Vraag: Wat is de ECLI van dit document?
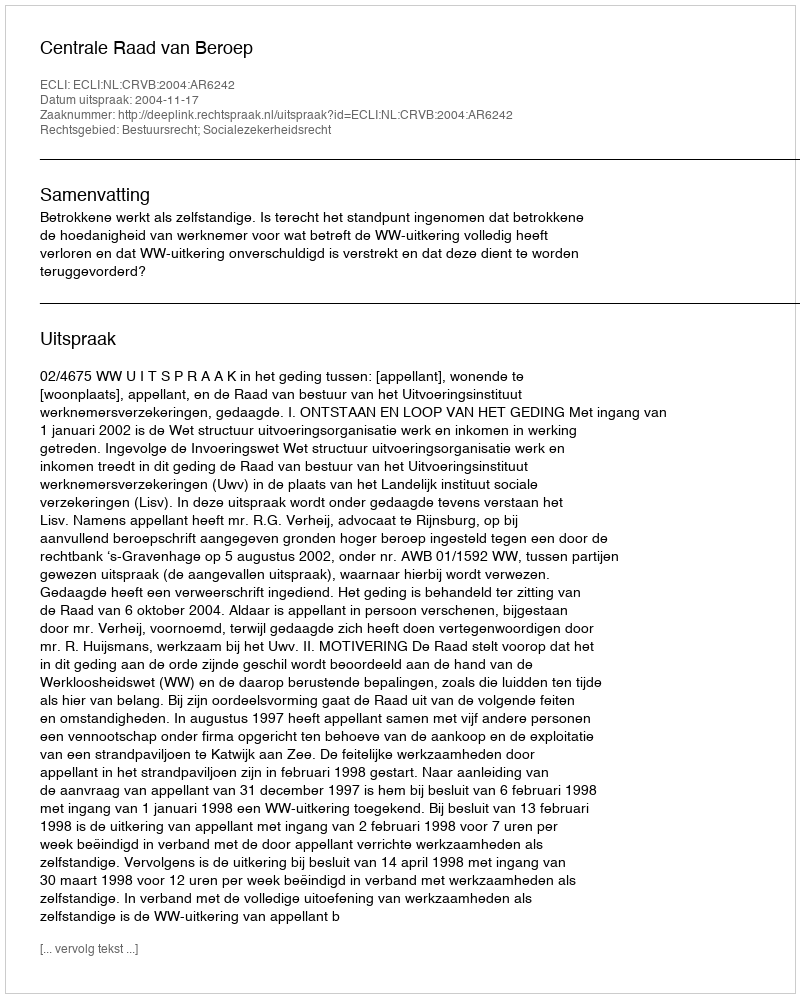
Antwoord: ECLI:NL:CRVB:2004:AR6242